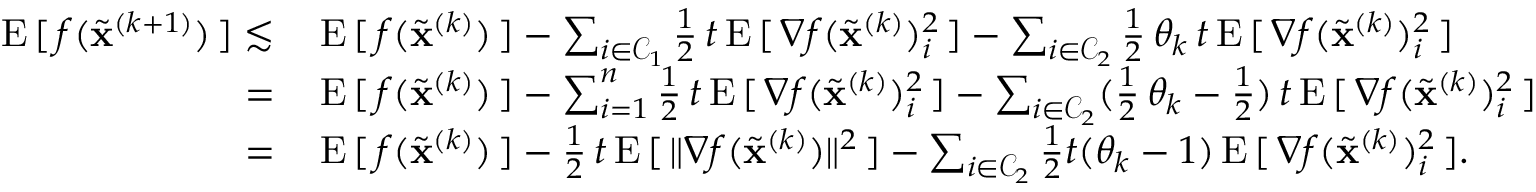
\begin{array} { r l } { \mathrm { E } \, [ \, f ( \widetilde \mathbf { x } ^ { ( k + 1 ) } ) \, ] \lesssim \, } & { \mathrm { E } \, [ \, f ( \widetilde \mathbf { x } ^ { ( k ) } ) \, ] - \sum _ { i \in { \mathcal { C } } _ { 1 } } \frac { 1 } { 2 } \, t \, \mathrm { E } \, [ \, \nabla f ( \widetilde \mathbf { x } ^ { ( k ) } ) _ { i } ^ { 2 } \, ] - \sum _ { i \in { \mathcal { C } } _ { 2 } } \frac { 1 } { 2 } \, \theta _ { k } \, t \, \mathrm { E } \, [ \, \nabla f ( \widetilde \mathbf { x } ^ { ( k ) } ) _ { i } ^ { 2 } \, ] } \\ { = \, } & { \mathrm { E } \, [ \, f ( \widetilde \mathbf { x } ^ { ( k ) } ) \, ] - \sum _ { i = 1 } ^ { n } \frac { 1 } { 2 } \, t \, \mathrm { E } \, [ \, \nabla f ( \widetilde \mathbf { x } ^ { ( k ) } ) _ { i } ^ { 2 } \, ] - \sum _ { i \in { \mathcal { C } } _ { 2 } } ( \frac { 1 } { 2 } \, \theta _ { k } - \frac { 1 } { 2 } ) \, t \, \mathrm { E } \, [ \, \nabla f ( \widetilde \mathbf { x } ^ { ( k ) } ) _ { i } ^ { 2 } \, ] } \\ { = \, } & { \mathrm { E } \, [ \, f ( \widetilde \mathbf { x } ^ { ( k ) } ) \, ] - \frac { 1 } { 2 } \, t \, \mathrm { E } \, [ \, \Vert \nabla f ( \widetilde \mathbf { x } ^ { ( k ) } ) \Vert ^ { 2 } \, ] - \sum _ { i \in { \mathcal { C } } _ { 2 } } \frac { 1 } { 2 } t ( \theta _ { k } - 1 ) \, \mathrm { E } \, [ \, \nabla f ( \widetilde \mathbf { x } ^ { ( k ) } ) _ { i } ^ { 2 } \, ] . } \end{array}